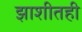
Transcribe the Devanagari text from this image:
झाशीतही